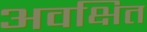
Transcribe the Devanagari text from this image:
अवक्षित